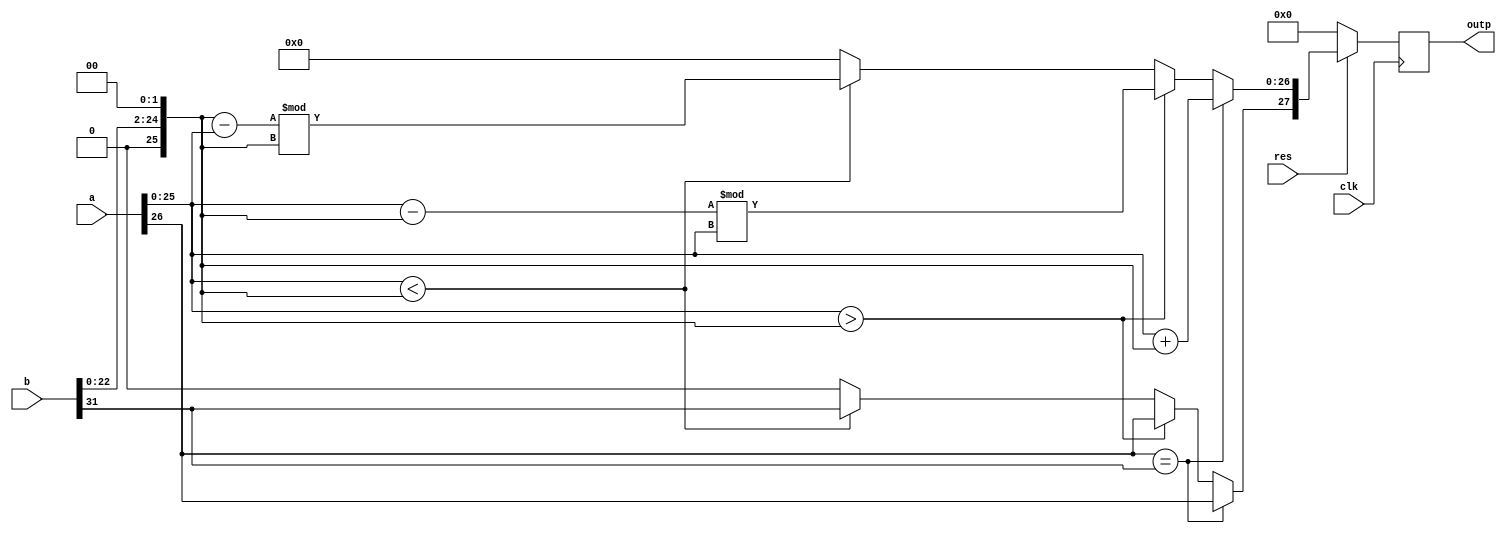
module Big_Alu(clk, res, a, b, outp);
  input clk,res;
  input [26:0] a;
  input [31:0] b;
  reg sig_a,sig_b;
  reg [26:0] fra_a=0,mid;
  reg [26:0] fra_b=0;
  output reg [27:0] outp=0; //Added an overflow place at 26.
  
  always @(posedge clk)
    begin
      sig_a = a[26];
      sig_b = b[31];
      fra_a[25:0] = a[25:0];
      fra_b[24:2] = b[22:0];
      mid = 0;
      if(sig_a == sig_b)
        begin
          outp[27] = sig_a;
          outp[26:0] = fra_a + fra_b;
        end
      else
        begin
          if(fra_a > fra_b)
            begin
              outp[27] = sig_a;
              mid = (fra_a - fra_b)%fra_a;
              outp[26:0] = mid;
            end
          else if(fra_a < fra_b)
            begin
              outp[27] = sig_b;
              mid = (fra_b - fra_a)%fra_b;
              outp[26:0] = mid;
            end
          else
            outp = 0;
          end
        fra_b[25] = 0;
      if(res == 0)
        outp = 0;
    end
endmodule